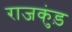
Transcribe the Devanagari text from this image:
राजकुंड़